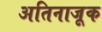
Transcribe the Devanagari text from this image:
अतिनाजूक